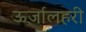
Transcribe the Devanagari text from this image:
ऊर्जालहरी